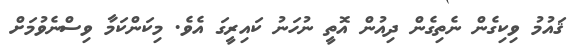
ޤައުމު ވިކިގެން ނެތިގެން ދިއުން އޮތީ ނުހަނު ކައިރީގަ އެވެ. މިކަންކަމާ ވިސްނެވުމަށް